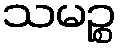
သမဉ္စ